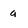
Character: q